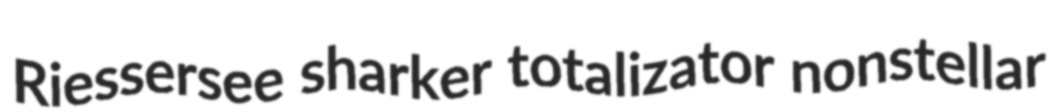
Riessersee sharker totalizator nonstellar